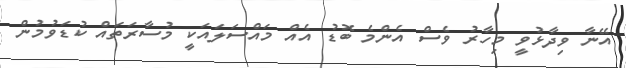
އޭނާ ވިދާޅުވީ މިހާރު ވެސް އެންމެ ބޮޑު އެއް މައްސަލައަކީ މުސާރަތައް ކުޑަވުމުން